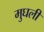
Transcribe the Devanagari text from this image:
मुघली